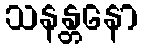
သနန္တနော